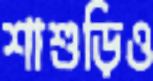
শাশুড়িও